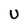
Character: U